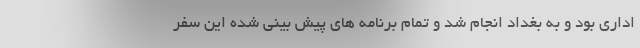
اداری بود و به بغداد انجام شد و تمام برنامه های پیش بینی شده این سفر